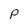
Character: P